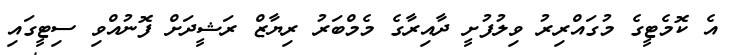
އެ ކޮމެޓީގެ މުގައްރިރު ވިލުފުށީ ދާއިރާގެ މެމްބަރު ރިޔާޒް ރަޝީދަށް ފޮނުއްވި ސިޓީގައި